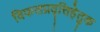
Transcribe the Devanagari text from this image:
विफलप्रवृत्तिहेतुक